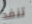
تنفذ